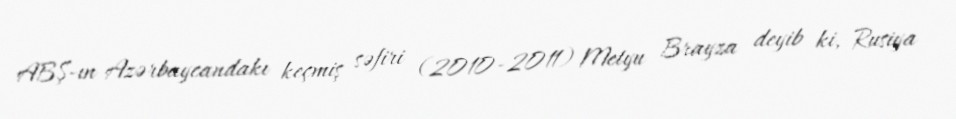
ABŞ-ın Azərbaycandakı keçmiş səfiri (2010-2011) Metyu Brayza deyib ki, Rusiya